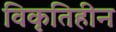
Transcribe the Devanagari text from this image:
विकृतिहीन